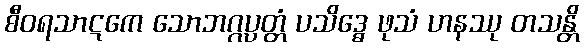
စီဝရသာဋကေ သောဘဂ္ဂပ္ပတ္တံ ပသိဒ္ဓေ ဖုသံ ဟနဿု တသန္တိ